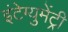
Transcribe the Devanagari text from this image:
इंटेग्युमेंट्री